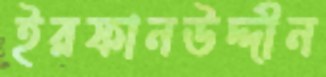
ইরফানউদ্দীন